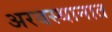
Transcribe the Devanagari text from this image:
अरबस्थानात